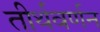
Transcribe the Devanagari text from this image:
तीर्थवर्णन